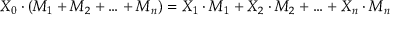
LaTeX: X _ { 0 } \cdot ( M _ { 1 } + M _ { 2 } + \ldots + M _ { n } ) = X _ { 1 } \cdot M _ { 1 } + X _ { 2 } \cdot M _ { 2 } + \ldots + X _ { n } \cdot M _ { n }